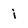
Character: i